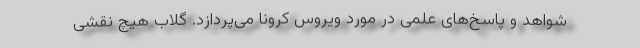
شواهد و پاسخ‌های علمی در مورد ویروس کرونا می‌پردازد. گلاب هیچ نقشی